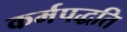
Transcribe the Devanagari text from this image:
कर्मपद्धति